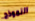
النموذج